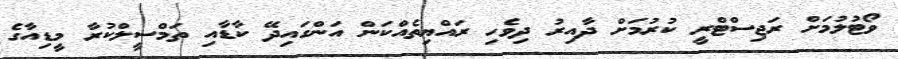
ވޯޓުލުމަށް ރަޖިސްޓްރީ ކުރުމަށް ދާއިރު ދިވެހި ރައްޔިތެއްކަން އަންގައިދޭ ކާޑާއި ތަމްސީލްކުރާ މީޑިއާގެ